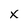
Character: x